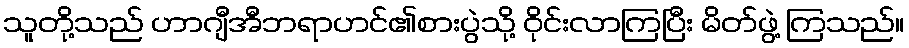
သူတို့သည် ဟာဂျီအီဘရာဟင်၏စားပွဲသို့ ဝိုင်းလာကြပြီး မိတ်ဖွဲ့ ကြသည်။